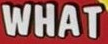
WHAT